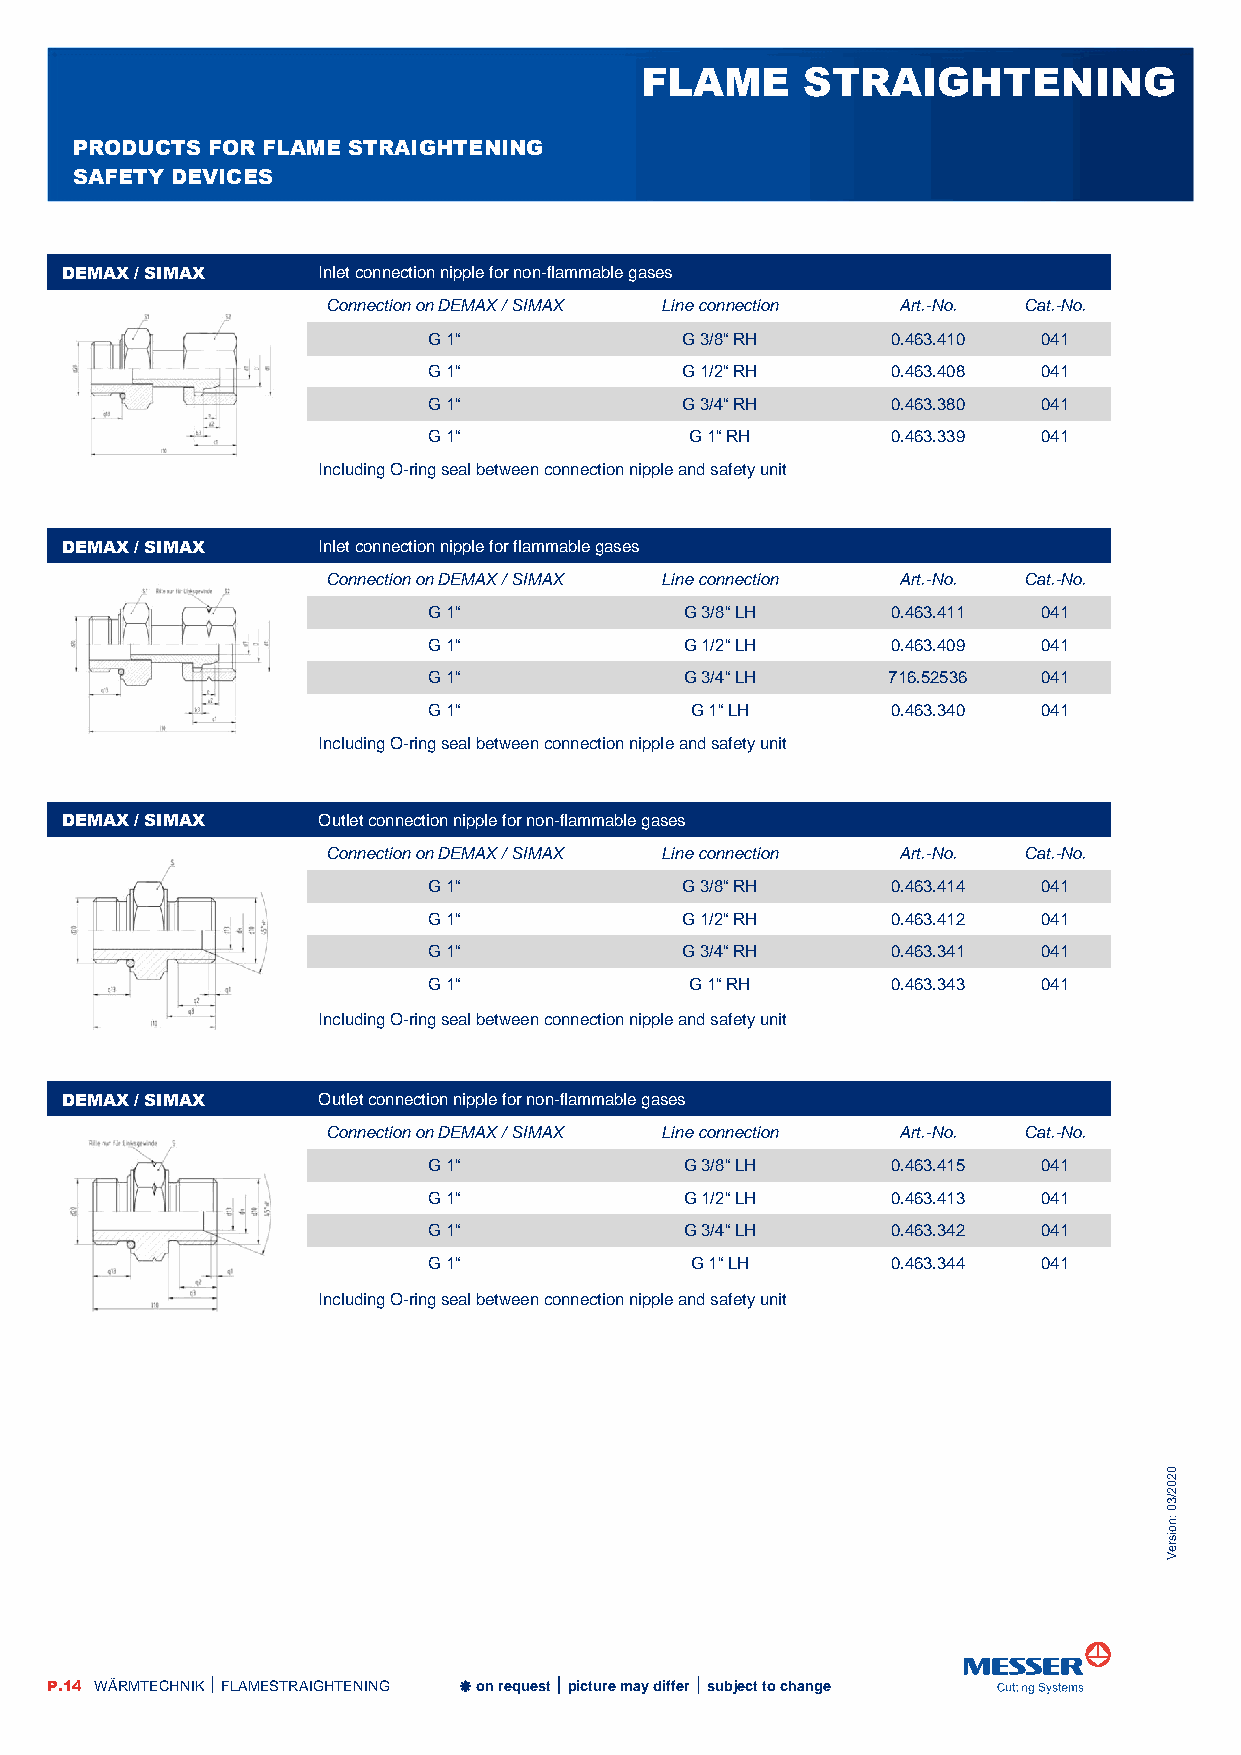
FLAME      STRAIGHTENING
 PRODUCTS FOR FLAME STRAIGHTENING
 SAFETY DEVICES
 DEMAX / SIMAX    Inlet connection nipple for non-flammable gases
 Connection on DEMAX / SIMAX Line connection Art.-No. Cat.-No.
 G 1“             G 3/8“ RH     0.463.410 041
 G 1“             G 1/2“ RH     0.463.408 041
 G 1“             G 3/4“ RH     0.463.380 041
 G 1“              G 1“ RH      0.463.339 041
 Including O-ring seal between connection nipple and safety unit
 DEMAX / SIMAX    Inlet connection nipple for flammable gases
 Connection on DEMAX / SIMAX Line connection Art.-No. Cat.-No.
 G 1“             G 3/8“ LH     0.463.411 041
 G 1“             G 1/2“ LH     0.463.409 041
 G 1“             G 3/4“ LH     716.52536 041
 G 1“              G 1“ LH      0.463.340 041
 Including O-ring seal between connection nipple and safety unit
 DEMAX / SIMAX    Outlet connection nipple for non-flammable gases
 Connection on DEMAX / SIMAX Line connection Art.-No. Cat.-No.
 G 1“             G 3/8“ RH     0.463.414 041
 G 1“             G 1/2“ RH     0.463.412 041
 G 1“             G 3/4“ RH     0.463.341 041
 G 1“              G 1“ RH      0.463.343 041
 Including O-ring seal between connection nipple and safety unit
 DEMAX / SIMAX    Outlet connection nipple for non-flammable gases
 Connection on DEMAX / SIMAX Line connection Art.-No. Cat.-No.
 G 1“             G 3/8“ LH     0.463.415 041
 G 1“             G 1/2“ LH     0.463.413 041
 G 1“             G 3/4“ LH     0.463.342 041
 G 1“              G 1“ LH      0.463.344 041
 Including O-ring seal between connection nipple and safety unit
 0
 2
 0
 2
 3/
 0
 n:
 o
 si
 er
 V
 P.14 WÄRMTECHNIK  FLAMESTRAIGHTENING  on request  picture may differ  subject to change